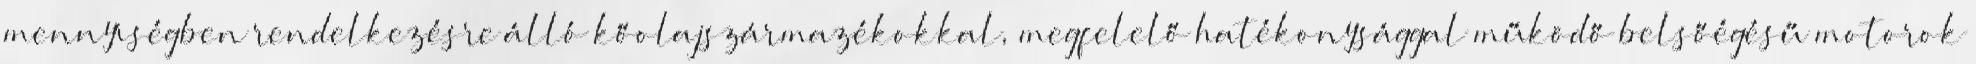
mennyiségben rendelkezésre álló kőolajszármazékokkal, megfelelő hatékonysággal működő belsőégésű motorok